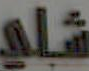
شلي